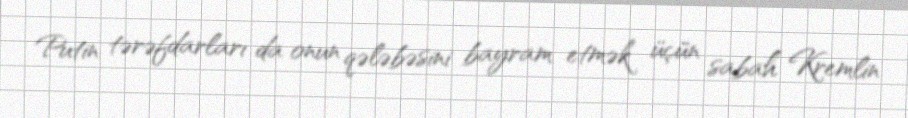
Putin tərəfdarları da onun qələbəsini bayram etmək üçün sabah Kremlin